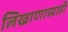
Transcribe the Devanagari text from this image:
लिखाणाच्याही